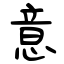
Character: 意